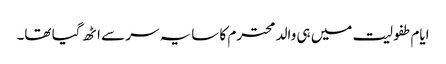
ایام طفولیت میں ہی والد محترم کا سایہ سر سے اٹھ گیا تھا۔